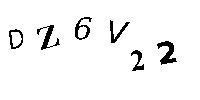
DZ6V22